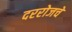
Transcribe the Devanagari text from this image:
दररोजचे